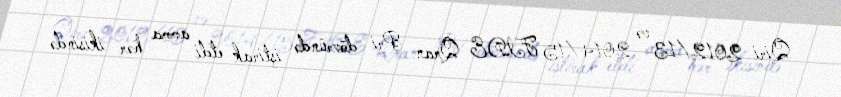
Qiri 2012/13 və 2014/15 FIDE Qran Pri dövründə iştirak etdi amma hər ikisində